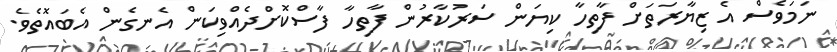
ނަމަވެސް އެ ޒިޔާރަތަށް ފާތިހާ ކިޔަން ސަރުކާރުން ފާތިހާ ފާސްކޮށްދެއްވިކަން އެނގެން އެބައޮތެވެ.